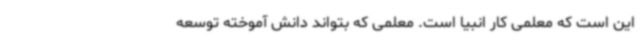
این است که معلمی کار انبیا است. معلمی که بتواند دانش آموخته توسعه